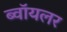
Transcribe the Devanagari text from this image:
ब्वॉयलर